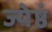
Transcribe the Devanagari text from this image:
ज्येष्ठं